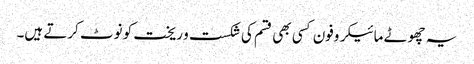
یہ چھوٹے مائیکروفون کسی بھی قسم کی شکست و ریخت کو نوٹ کرتے ہیں۔